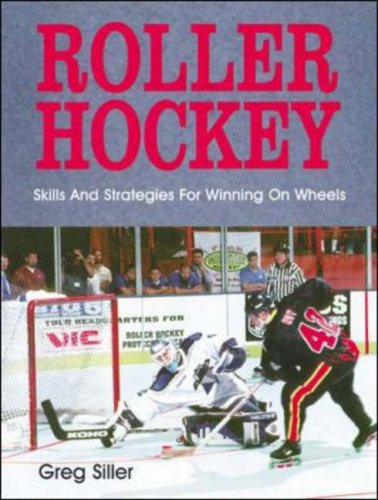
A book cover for Roller Hockey; Greg Siller; Sports & Outdoors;